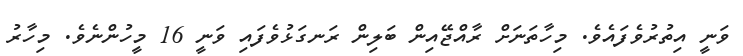
ވަނީ އިތުރުވެފައެވެ. މިހާތަނަށް ރާއްޖޭއިން ބަލިން ރަނގަޅުވެފައި ވަނީ 16 މީހުންނެވެ. މިހާރު